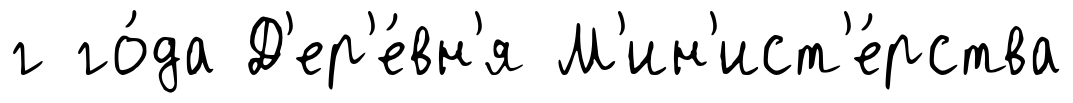
г го́да Д'ер'е́вн'я М'ин'ист'е́рства